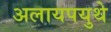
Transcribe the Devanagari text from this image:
अलायपयुथे